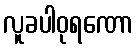
လူခပါဝုရဏော